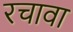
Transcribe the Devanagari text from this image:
रचावा